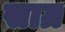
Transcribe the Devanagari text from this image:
साग्र